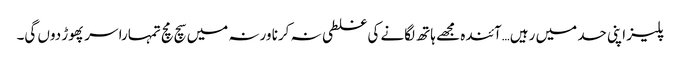
پلیز اپنی حد میں رہیں…آئندہ مجھے ہاتھ لگانے کی غلطی نہ کرنا ورنہ میں سچ مچ تمہارا سر پھوڑ دوں گی۔